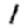
Digit: 1